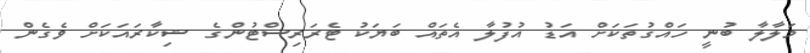
މަލާލާ ބުނީ ހައްގުތަކަށް އަޑު އުފުލާ އެތައް ބަޔަކު ޓެރަރިސްޓުންގެ ޝިކާރައަކަށް ވެގެން